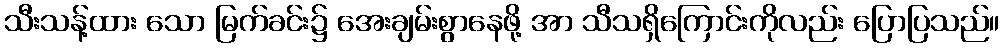
သီးသန့်ထား သော မြက်ခင်း၌ အေးချမ်းစွာနေဖို့ အာ သီသရှိကြောင်းကိုလည်း ပြောပြသည်။